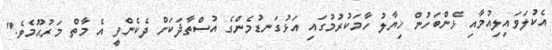
އެކުލަވައިލިއުމާއި ޅެންބަހުން ޚިޔާލު ހާމަކުރުމުގައި އަޅުގަނޑުމެންގެ އުސްތާޛަކަށް ދެކެންވީ އެ މާތް މަރުޙޫމެވެ."